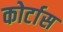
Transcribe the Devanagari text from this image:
कोर्टास